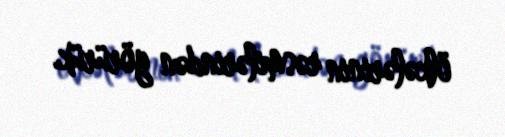
ölkələrinin rəsmilərindən görürük.